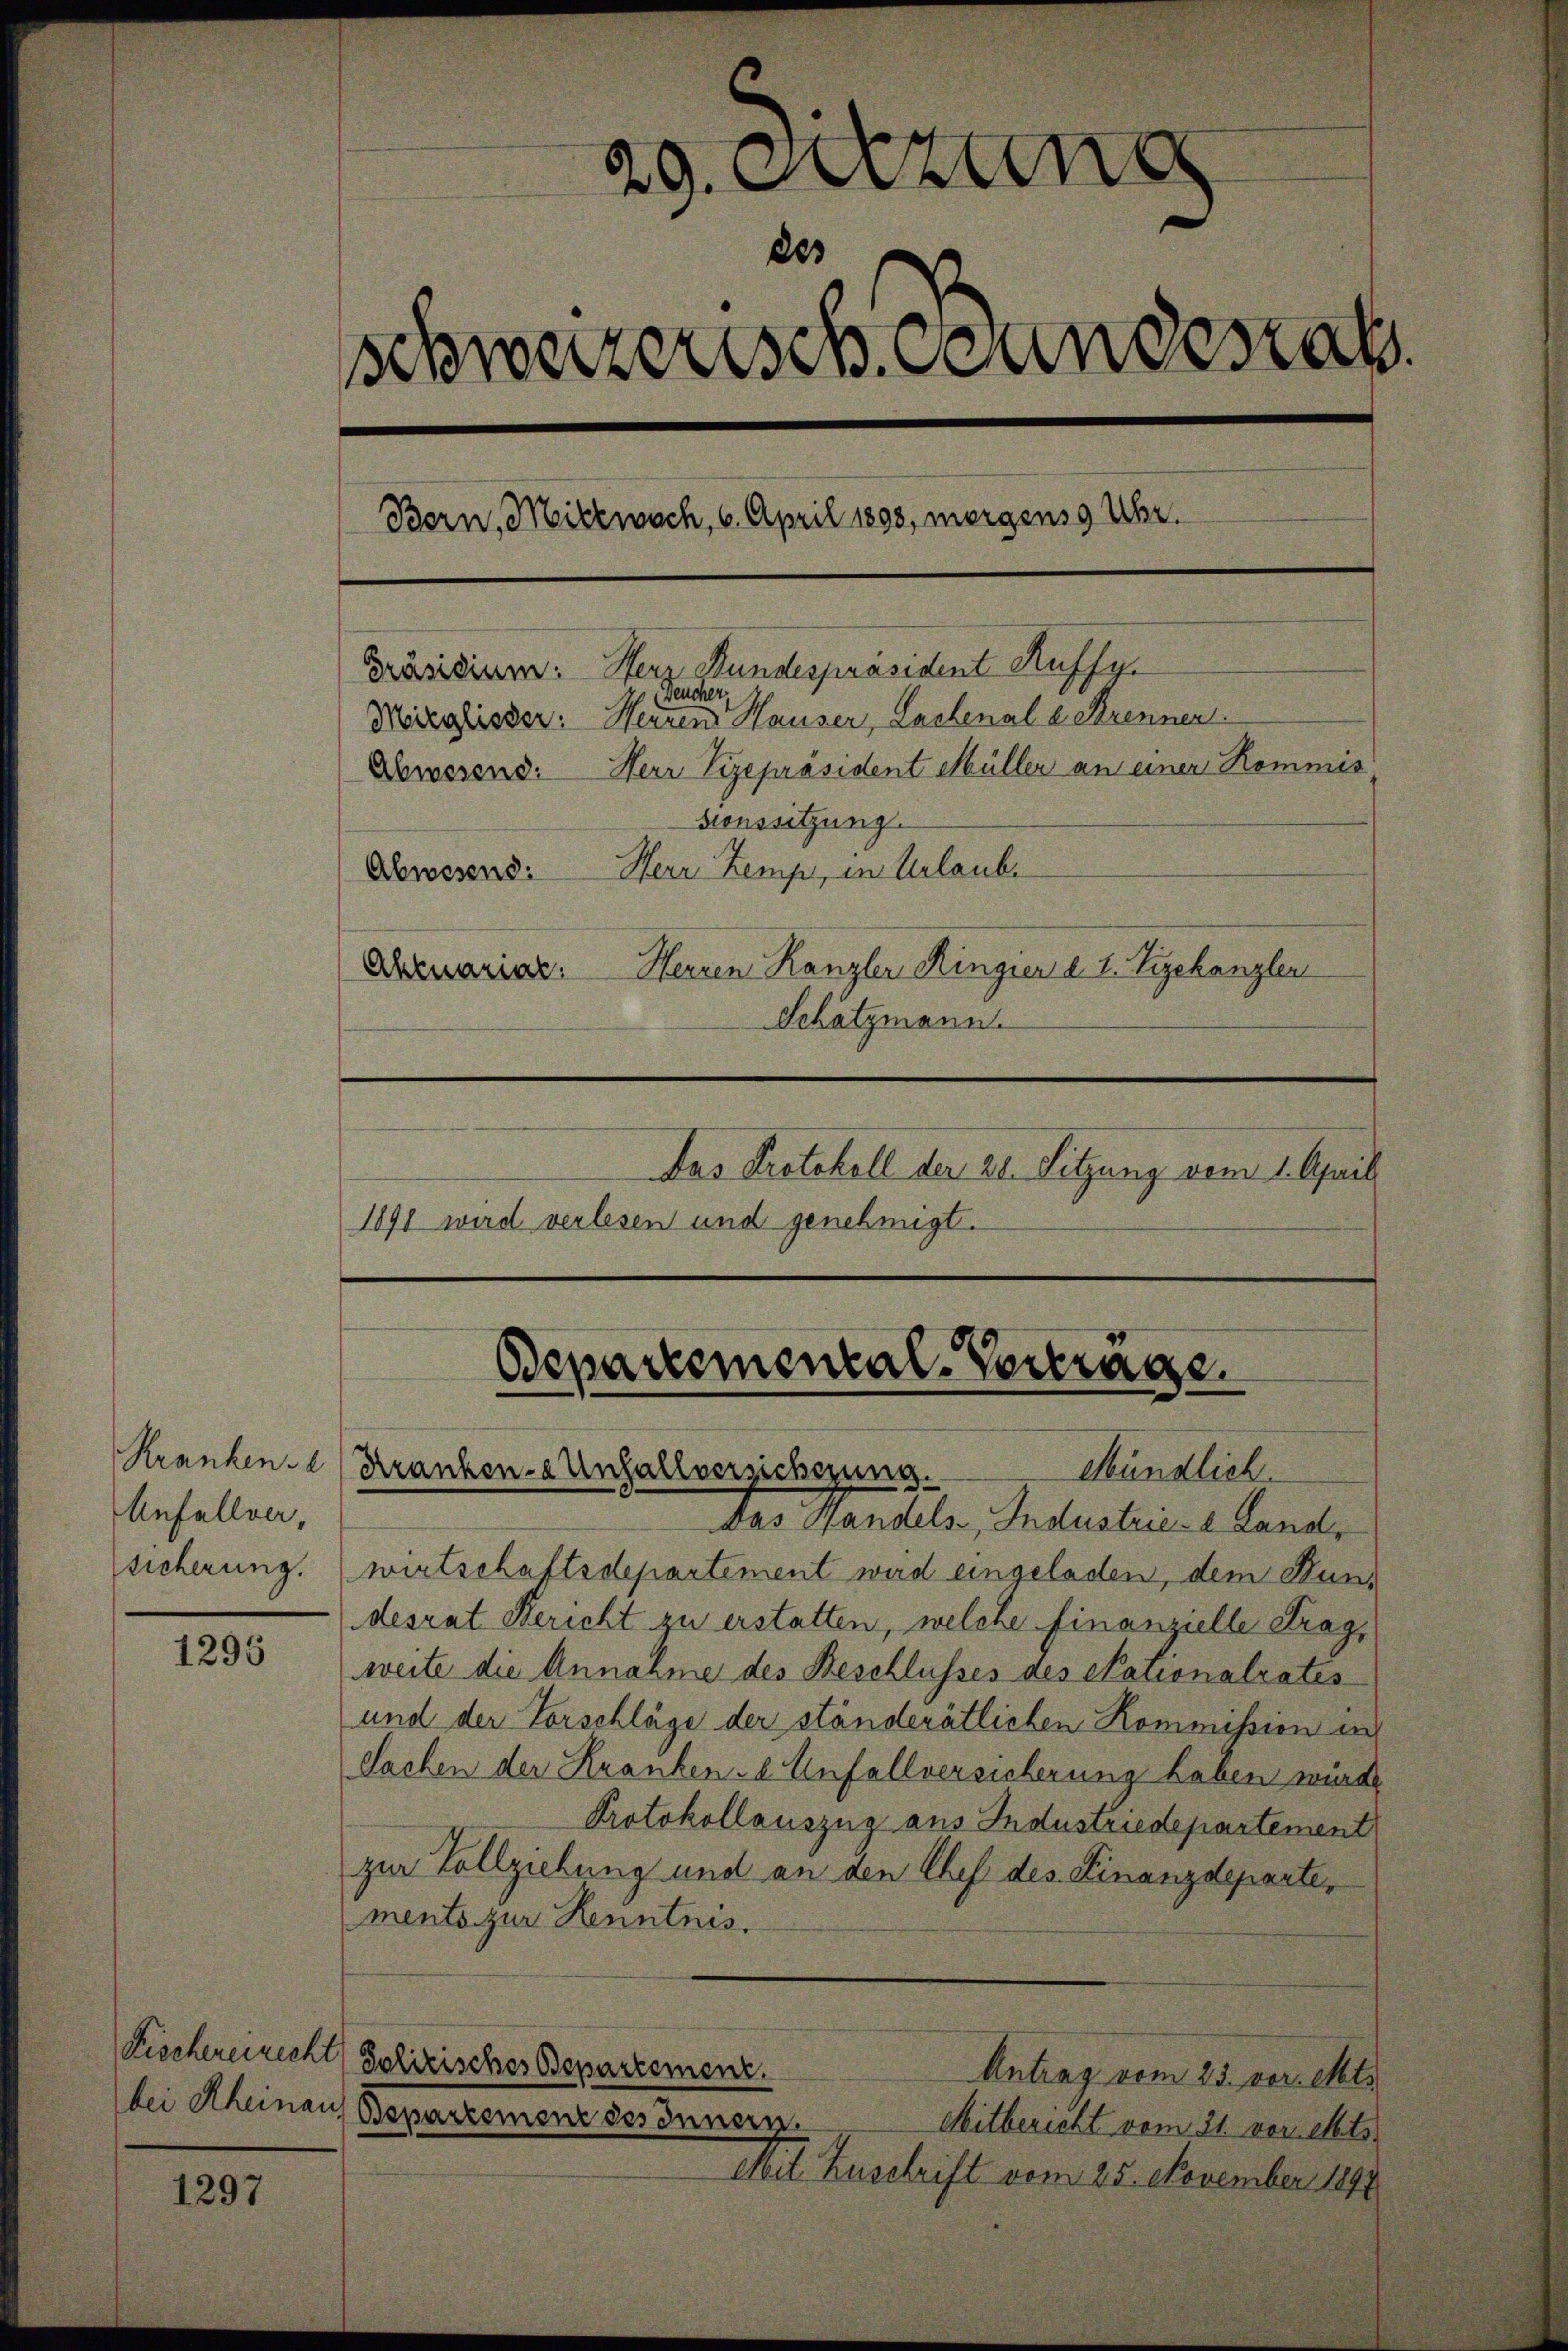
Unfall(...),
sicherung.

1296

bei Rheinau

1297

29.
2es
schweizerisch. Bundesrat
Bern, Mickwach, 6. April 1898, morgens 9 Uhr.
Präsidium. Herr Bundespräsident Auffa
Feucher,
Mizglisser: Herzen Hauser, Lachenale Strenner
Herr Vizepräsident Müller an einer Kommis
Abwesend:
sionssitzung
Herr Zemp, in Urlaube
Abwesend:
Herren Kanzler Ringien d. 1. Vizekanzler
Aktuarial
Schätzmann.
Das Protokoll der 20. Sitzung vom 1. April
1891 wird verlesen und genehmigt.

Odepartemental-Vertrage.
Krankenst (Kranken-a Unfallverzichtung.
Mündlich.

Das Handels Industrie- & Land,
wirtschaftsdepartement wird eingeladen, dem Bundesrat Bericht zu erstatten, welche finanzielle Frag
weite die Annahme des Beschlusses des Nationalrates
und der Vorschläge der ständerätlichen Kommission un
Sachen der Krankend Unfallversicherung haben würde
Protokollauszug aus Industriedepartement
zur Vollziehung und an den Chef des Finanzdeparte,
ments zur Henntnis.
Kiechererricht Polizisches Departement.
Antrag vom 23. vor. Mts.
Bepartement des Innern.
Mitbericht vom 21. vor. Mts.
Mit Zuschrift vom 25. November 1891